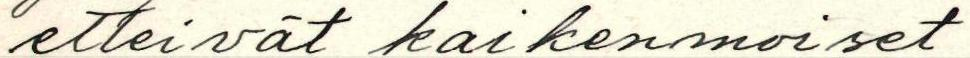
etteivät kaikenmoiset